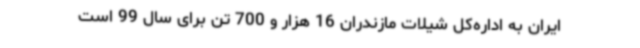
ایران به اداره‌کل شیلات مازندران 16 هزار و 700 تن برای سال 99 است